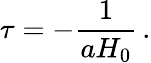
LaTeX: \tau=-\frac{1}{aH_{0}}\, .